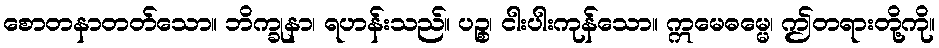
စောတနာတတ်သော။ ဘိက္ခုနာ၊ ရဟန်းသည်။ ပဉ္စ၊ ငါးပါးကုန်သော။ ဣမေဓမ္မေ၊ ဤတရားတို့ကို။